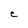
Character: C